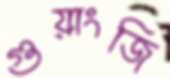
গুয়াংজি